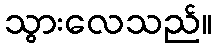
သွားလေသည်။